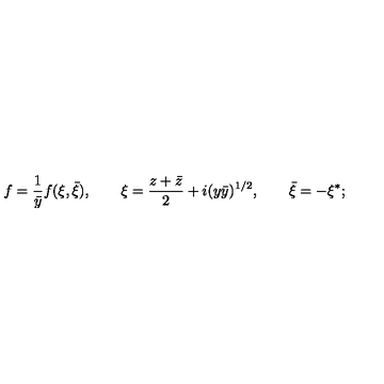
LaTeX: f = \frac { 1 } { \bar { y } } f ( \xi , \bar { \xi } ) , \qquad \xi = \frac { z + \bar { z } } { 2 } + i ( y \bar { y } ) ^ { 1 / 2 } , \qquad \bar { \xi } = - \xi ^ { * } ;